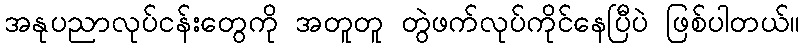
အနုပညာလုပ်ငန်းတွေကို အတူတူ တွဲဖက်လုပ်ကိုင်နေပြီပဲ ဖြစ်ပါတယ်။